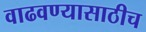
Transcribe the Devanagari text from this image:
वाढवण्यासाठीच